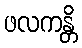
ဖလကန္တိ